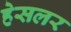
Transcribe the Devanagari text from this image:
हेसलर